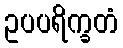
ဥပပရိက္ခတံ